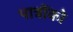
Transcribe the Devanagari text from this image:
पात्रोंको